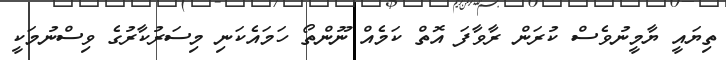
ތިޔައީ ޔާމީނުވެސް ކުރަން ރާވާފަ އޮތް ކަމެއް ނޫންތޯ ހަމައެކަނި މިސަރުކާރުގެ ވިސްނުމަކީ